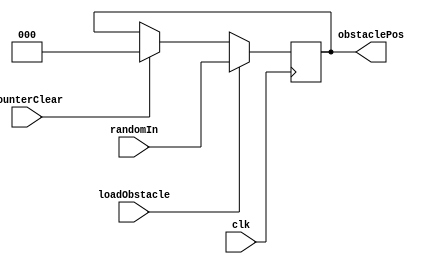
//FILE: registers for obstacle and player positon (lane)
//		  and gameState determiner

//obstacle register
module obstacleRegister (
	input clk,
	input [2:0] randomIn, 
	input loadObstacle, CounterClear,
	
	output reg [2:0] obstaclePos);
	
	always @(posedge clk)
	begin
		if (CounterClear)
			obstaclePos <= 3'b000;
		if (loadObstacle)
			obstaclePos <= randomIn;
	end
endmodule

//player lane register
module playerRegister (
	input clk,
	input [2:0] laneMap,
	input MLChange, LMChange, MRChange, RMChange, StartLoad, CounterClear,
	
	output reg [2:0] playerPos);
	
	always @(posedge clk)
	begin
		if (CounterClear)
			playerPos <= 3'b010;
		if (MLChange | LMChange | MRChange | RMChange | StartLoad)
			playerPos <= laneMap;
	end
endmodule

//banana register
module bananaRegister (
	input clk,
	input [2:0] randomBanana,
	input loadBanana, CounterClear,
	
	output reg [2:0] bananaPos);
	
	always @(posedge clk)
	begin
		if (CounterClear)
			bananaPos <= 3'b000;
		if (loadBanana) 
			bananaPos <= randomBanana;
	end
endmodule


//determine game state from the outputs of player register and obstacle register
module gameStateDetermine (
	input clk,
	input [2:0] playerPos, obstaclePos,
	input checkGameState, CounterClear,
	
	output reg [1:0] gameState,
	output reg runOver);
	
	reg temp;
	
	always @(posedge clk)
	begin
		if (CounterClear) begin
			gameState <= 2'b10;
			runOver <= 1'b0;
			temp <= 1'b1;
		end
		else if (checkGameState) begin
			if ((playerPos[0] & obstaclePos[0]) | (playerPos[1] & obstaclePos[1]) | (playerPos[2] & obstaclePos[2])) begin
				if (temp == 1'b1) begin
					gameState <= gameState - 1'b1;
					runOver <= 1'b1;
					temp <= 1'b0;
				end
				else
					runOver <= 1'b0;
			end 
		end
		else
			temp <= 1'b1;
	end
	
endmodule


//register for producing a prolonged runOver signal
module explosionLength(
	input clk,
	input CounterClear, runOver, reset,
	output reg drawExplosion);
	
	always @(posedge clk)
	begin
		if (CounterClear)
			drawExplosion <= 0;
		else if (runOver)
			drawExplosion <= 1;
		else if (reset)
			drawExplosion <= 0;
	end
endmodule


//determine the state of the player based on the postion of the banana
module bananaDetermine (
	input clk,
	input [2:0] playerPos, bananaPos,
	input CheckBanana,
	
	output reg bananaState);
	
	//bananaState: 1 = miss, 0 = hit;
	always @(posedge clk)
	begin
		if (CheckBanana)
			bananaState <= ~((playerPos[0] & bananaPos[0]) | (playerPos[1] & bananaPos[1]) | (playerPos[2] & bananaPos[2]));
		else
			bananaState <= 1'b1;
	end
	
endmodule


//ai path finding
module aipath (
	input clk,
	input AICheckBanana, AICheckCar,
	input [2:0] bananaPos, obstaclePos, playerPos,
	output reg [2:0] steps);
	
	always @(posedge clk)
	begin
		if (AICheckBanana) begin
			if (~((playerPos[0] & bananaPos[0]) | (playerPos[1] & bananaPos[1]) | (playerPos[2] & bananaPos[2])))
				steps <= 3'd0;
			else if (playerPos == 3'b100 & bananaPos == 3'b100)
				steps <= 3'd1;
			else if (playerPos == 3'b100 & bananaPos == 3'b110)
				steps <= 3'd3;
			else if (playerPos == 3'b100 & bananaPos == 3'b101)
				steps <= 3'd1;
			else if (playerPos == 3'b010 & bananaPos == 3'b110)
				steps <= 3'd1;	
			else if (playerPos == 3'b010 & bananaPos == 3'b011)
				steps <= 3'd2;	
			else if (playerPos == 3'b010 & bananaPos == 3'b010)
				steps <= 3'd2;	
			else if (playerPos == 3'b001 & bananaPos == 3'b011)
				steps <= 3'd4;
			else if (playerPos == 3'b001 & bananaPos == 3'b101)
				steps <= 3'd2;
			else if (playerPos == 3'b001 & bananaPos == 3'b001)
				steps <= 3'd2;	
		end
		else if (AICheckCar) begin
			if (~((playerPos[0] & obstaclePos[0]) | (playerPos[1] & obstaclePos[1]) | (playerPos[2] & obstaclePos[2])))
				steps <= 3'd0;
			else if (playerPos == 3'b100 & obstaclePos == 3'b100)
				steps <= 3'd1;
			else if (playerPos == 3'b100 & obstaclePos == 3'b110)
				steps <= 3'd3;
			else if (playerPos == 3'b100 & obstaclePos == 3'b101)
				steps <= 3'd1;
			else if (playerPos == 3'b010 & obstaclePos == 3'b110)
				steps <= 3'd1;	
			else if (playerPos == 3'b010 & obstaclePos == 3'b011)
				steps <= 3'd2;	
			else if (playerPos == 3'b010 & obstaclePos == 3'b010)
				steps <= 3'd2;	
			else if (playerPos == 3'b001 & obstaclePos == 3'b011)
				steps <= 3'd4;
			else if (playerPos == 3'b001 & obstaclePos == 3'b101)
				steps <= 3'd2;
			else if (playerPos == 3'b001 & obstaclePos == 3'b001)
				steps <= 3'd2;	
		end
			
	end
	
endmodule